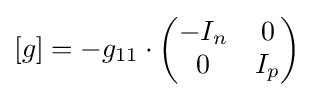
[g]=-g_{11}\cdot {\begin{pmatrix}-I_{n}&0\\0&I_{p}\end{pmatrix}}